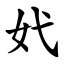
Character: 㚤